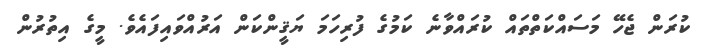
ކުރަން ޖެހޭ މަސައްކަތްތައް ކުރައްވާނެ ކަމުގެ ފުރިހަމަ ޔަޤީންކަން އަރުއްވައިފައެވެ. މީގެ އިތުރުން